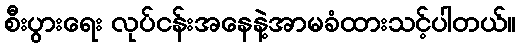
စီးပွားရေး လုပ်ငန်းအနေနဲ့အာမခံထားသင့်ပါတယ်။